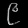
Digit: ၉